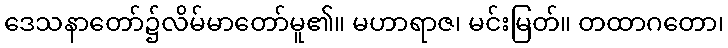
ဒေသနာတော်၌လိမ်မာတော်မူ၏။ မဟာရာဇ၊ မင်းမြတ်။ တထာဂတော၊